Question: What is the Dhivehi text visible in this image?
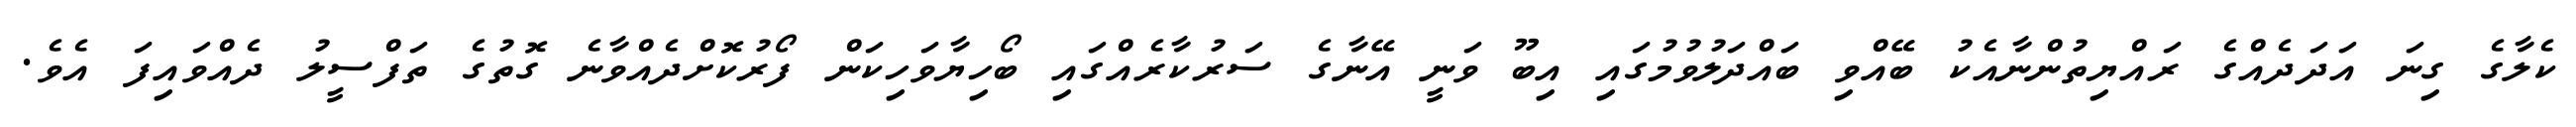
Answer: ކެލާގެ ގިނަ އަދަދެއްގެ ރައްޔިތުންނާއެކު ބޭއްވި ބައްދަލުވުމުގައި އިބޫ ވަނީ އޭނާގެ ސަރުކާރެއްގައި ބޯހިޔާވަހިކަން ފޯރުކޮށްދެއްވާނެ ގޮތުގެ ތަފްސީލު ދެއްވައިފަ އެވެ.